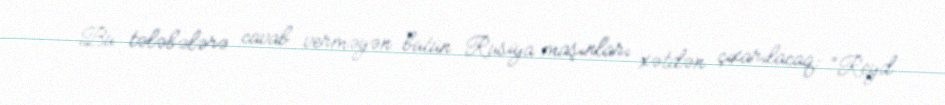
Bu tələbələrə cavab verməyən bütün Rusiya maşınları xətdən çıxarılacaq: “Reyd